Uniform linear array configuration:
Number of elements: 4
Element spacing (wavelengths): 1
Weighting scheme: hamming
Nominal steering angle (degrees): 0
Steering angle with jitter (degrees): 0.2528
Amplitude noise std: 0.05
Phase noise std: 0.05

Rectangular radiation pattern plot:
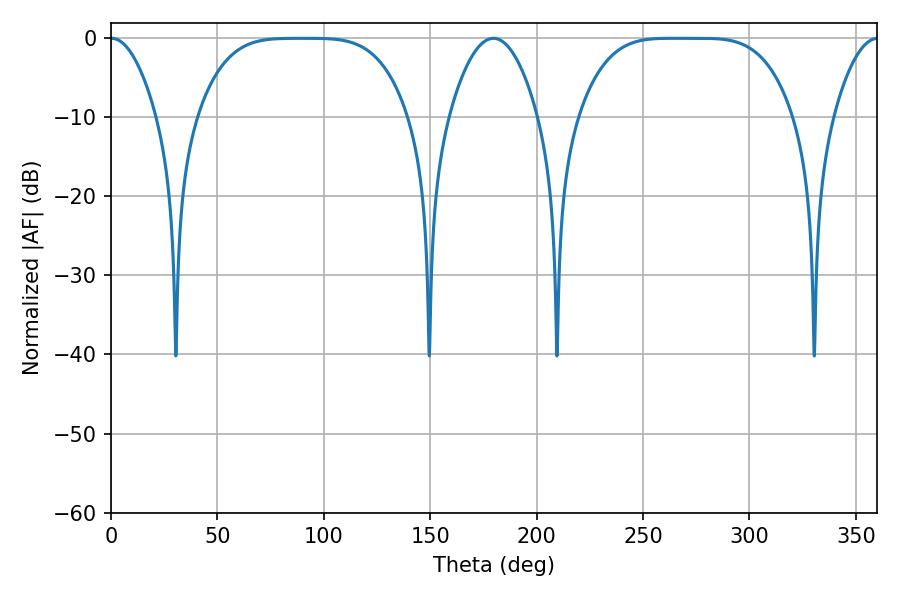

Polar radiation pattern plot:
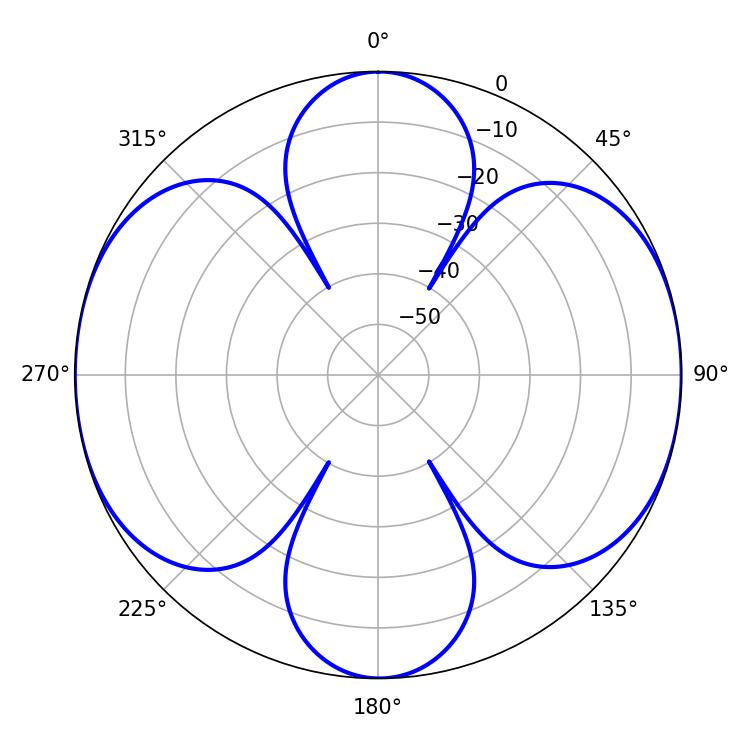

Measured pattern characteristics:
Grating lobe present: TRUE
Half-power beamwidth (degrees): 74.88
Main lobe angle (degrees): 264.24